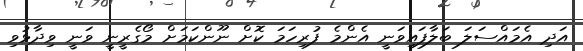
އަދި އެމައްސަލަ ބަލާފައިވަނީ އެންމެ ފުރިހަމަ ކޮށް ނޫންކަމަށް މޯގެރީނީ ވަނީ ވިދާޅުވި